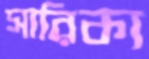
সারিকা